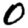
Digit: 0